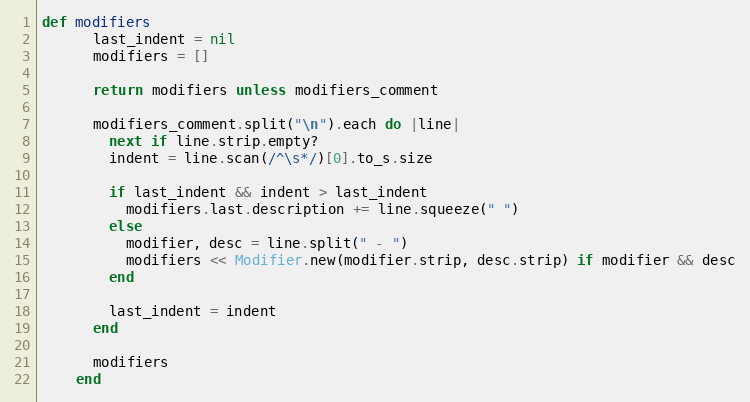
Language: Ruby
def modifiers
      last_indent = nil
      modifiers = []

      return modifiers unless modifiers_comment

      modifiers_comment.split("\n").each do |line|
        next if line.strip.empty?
        indent = line.scan(/^\s*/)[0].to_s.size

        if last_indent && indent > last_indent
          modifiers.last.description += line.squeeze(" ")
        else
          modifier, desc = line.split(" - ")
          modifiers << Modifier.new(modifier.strip, desc.strip) if modifier && desc
        end

        last_indent = indent
      end

      modifiers
    end